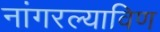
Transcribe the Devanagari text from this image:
नांगरल्याविण